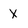
Character: X